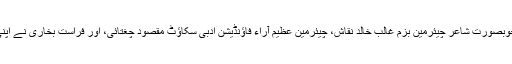
نامور استاد شاعر مظہر جعفری،خوبصورت شاعر چیئرمین بزمِ غالب خالد نقاش، چیئرمین عظیم آراء فاؤنڈیشن ادبی سکاؤٹ مقصود چغتائی، اور فراست بخاری نے اپنی فراست بیانی کے جوہر دکھائے۔